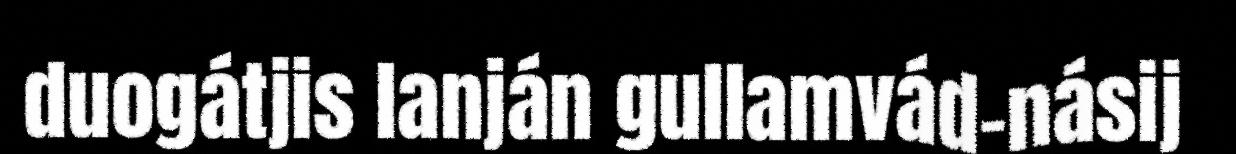
duogátjis lanján gullamvád-násij